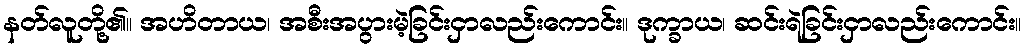
နတ်လူတို့၏။ အဟိတာယ၊ အစီးအပွားမဲ့ခြင်းငှာလည်းကောင်း။ ဒုက္ခာယ၊ ဆင်းရဲခြင်းငှာလည်းကောင်း။